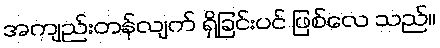
အကျည်းတန်လျက် ရှိခြင်းပင် ဖြစ်လေ သည်။